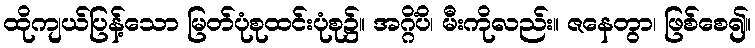
ထိုကျယ်ပြန့်သော မြတ်ပုံစုထင်းပုံစု၌။ အဂ္ဂိံပိ၊ မီးကိုလည်း။ ဇနေတွာ၊ ဖြစ်စေ၍။